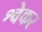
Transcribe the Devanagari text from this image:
श्वेकर